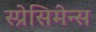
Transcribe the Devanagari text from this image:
स्प्रेसिमेन्स